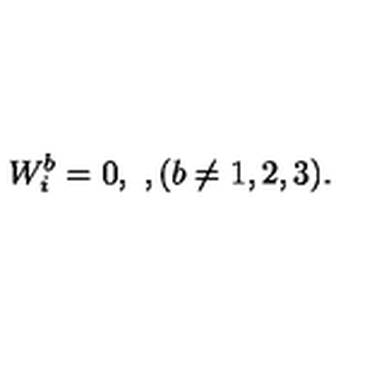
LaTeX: W _ { i } ^ { b } = 0 , \ , ( b \ne 1 , 2 , 3 ) .